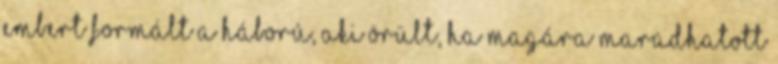
embert formált a háború, aki örült, ha magára maradhatott